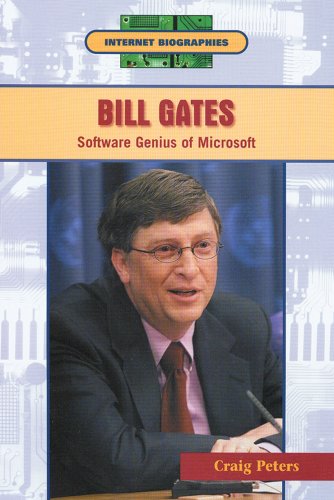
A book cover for Bill Gates: Software Genius of Microsoft (Internet Biographies); Craig Peters; Children's Books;